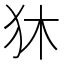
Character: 狇